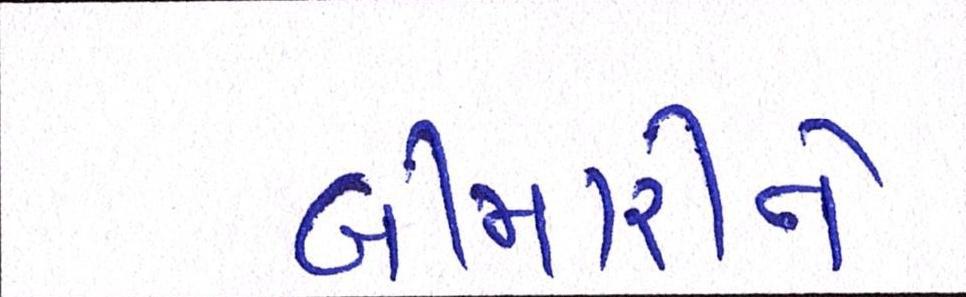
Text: બીમારીને